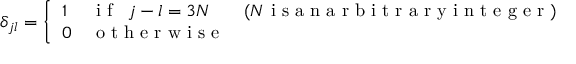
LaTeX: \delta _ { j l } = \left\{ \begin{array} { l l l l } { { 1 } } & { { \textrm { i f } \, \, \, j - l = 3 N } } & { { ( N \textrm { i s a n a r b i t r a r y i n t e g e r } ) } } \\ { { 0 } } & { { \textrm { o t h e r w i s e } } } & { { } } \end{array} \right.